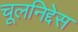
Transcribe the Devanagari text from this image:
चूलनिद्देस